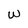
Character: w